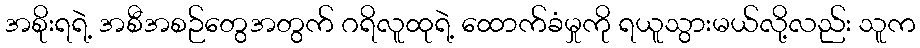
အစိုးရရဲ့ အစီအစဉ်တွေအတွက် ဂရိလူထုရဲ့ ထောက်ခံမှုကို ရယူသွားမယ်လို့လည်း သူက